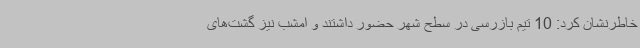
خاطرنشان کرد: 10 تیم بازرسی در سطح شهر حضور داشتند و امشب نیز گشت‌های